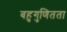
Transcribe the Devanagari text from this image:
बहुगुणितता